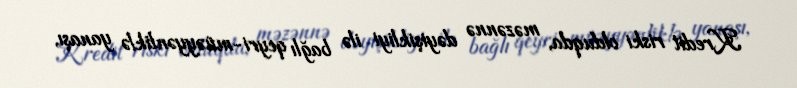
Kredit riski olduqda, məzənnə dəyişikliyi ilə bağlı qeyri-müəyyənliklə yanaşı,